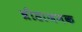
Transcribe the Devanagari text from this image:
ब्रीडाजनक